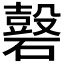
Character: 𥖗